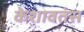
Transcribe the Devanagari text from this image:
केशावतंस